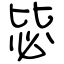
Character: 毖